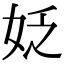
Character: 姂